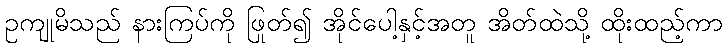
ဥကျုမိသည် နားကြပ်ကို ဖြုတ်၍ အိုင်ပေါ့နှင့်အတူ အိတ်ထဲသို့ ထိုးထည့်ကာ